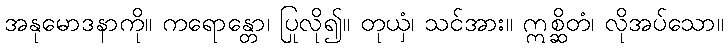
အနုမောဒနာကို။ ကရောန္တော၊ ပြုလို၍။ တုယှံ၊ သင်အား။ ဣစ္ဆိတံ၊ လိုအပ်သော။